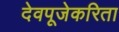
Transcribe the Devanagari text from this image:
देवपूजेकरिता